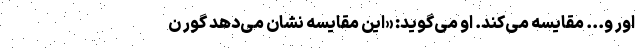
اور و... مقایسه می‌کند. او می‌گوید: «این مقایسه نشان می‌دهد گور ن